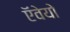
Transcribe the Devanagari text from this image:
ऍवेयो